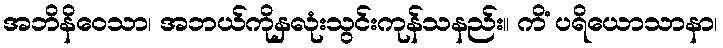
အဘိနိဝေသာ၊ အဘယ်ကိုနှလုံးသွင်းကုန်သနည်း။ ကိံ ပရိယောသာနာ၊